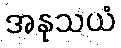
အနုသယံ